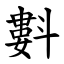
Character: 㪹